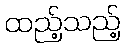
ထည့်သည့်